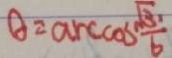
\theta = \arccos \frac { \sqrt { 3 . } } { 6 }